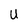
Character: U